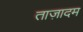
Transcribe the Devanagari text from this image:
ताज़ादम